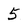
Character: 5